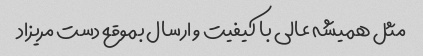
مثل همیشه عالی با کیفیت و ارسال بموقع دست مریزاد